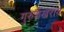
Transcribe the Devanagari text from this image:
गुरुशेखराय